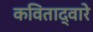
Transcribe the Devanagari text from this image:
कविताद्वारे